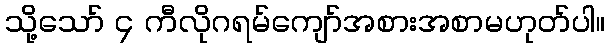
သို့သော် ၄ ကီလိုဂရမ်ကျော်အစားအစာမဟုတ်ပါ။